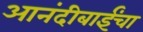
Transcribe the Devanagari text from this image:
आनंदीबाईंचा